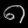
Digit: ၈